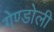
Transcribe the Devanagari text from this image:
गेण्डोली